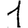
Digit: 1